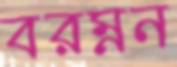
বরম্নন